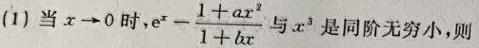
(1) 当$x\to 0$时，$e^{x}-\frac{1 + ax^{2}}{1 + bx}$与$x^{3}$是同阶无穷小，则